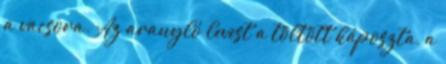
a vacsora. Az aranyló levest a töltött káposzta, a